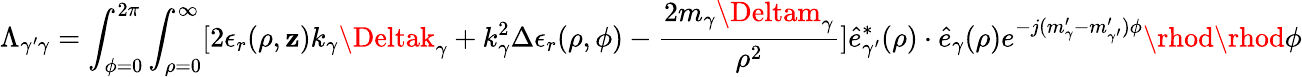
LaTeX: \Lambda_{\gamma^{\prime}\gamma}=\int_{\phi=0}^{2\pi}\int_{\rho=0}^{\infty}[2\epsilon_{r}(\rho,\mathbf{z})k_{\gamma}\Deltak_{\gamma}+k_{\gamma}^{2}\Delta\epsilon_{r}(\rho,\phi)-\frac{{2m_{\gamma}\Deltam_{\gamma}}}{{\rho^{2}}}]\hat{{e}}_{\gamma^{\prime}}^{*}(\rho)\cdot\hat{{e}}_{\gamma}(\rho)e^{-j(m_{\gamma}^{\prime}-m_{\gamma^{\prime}}^{\prime})\phi}\rhod\rhod\phi